Scientific memoirs by medical officers of the Army of India - Part VII,
Year: 1892
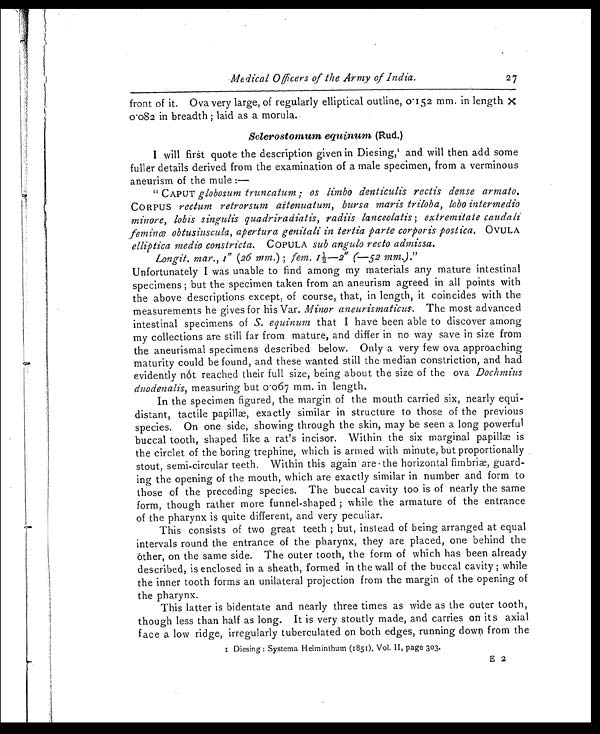
Medical Officers of the Army of India.
27
front of it. Ova very large, of regularly elliptical outline, 0·152 mm. in length X
0.082 in breadth ; laid as a morula.
Sclerostomum equinum (Rud.)
I will first quote the description given in Diesing,1 a n d w i l l t h e n a d d s o m e
fuller details derived from the examination of a male specimen, from a verminous
aneurism of the mule :
—
" CAPUT globosum truncatum ; os limbo denticulis rectis dense armato.
CORPUS rectum retrorsum aitenuatum, bursa maris triloba, lobo intermedio
minore, lobis singulis quadriradiatis, radiis lanceolatis ; extremitate caudali
feminœ obtusiuscula, apertura genitali in tertia parte corporis postica. OVULA
elliptica medio constricta. COPULA sub angulo recto admissa.
Longit. mar., 1 "' ( 2 6 m m . ) ; f e m . 1 ½ — 2 "
" ( — 5 2 m m ) .
"
Unfortunately I was unable to find among my materials any mature intestinal
specimens ; but the specimen taken from an aneurism agreed in all points with
the above descriptions except ; of course, that, in length, it coincides with the
measurements he gives for his Var. Minor aneurismaticus. The most advanced
intestinal specimens of S. equinum that I have been able to discover among
my collections are still far from mature, and differ in no way save in size from
the aneurismal specimens described below. Only a very few ova approaching
maturity could be found, and these wanted still the median constriction, and had
evidently not reached their full size, being about the size of the ova Dochmius
duodenalis, measuring but 0·067 mm. in length.
In the specimen figured, the margin of the mouth carried six, nearly equi-
distant, tactile Papillæ, exactly similar in structure to those of the previous
species. On one side, showing through the skin, may be seen a long powerful
buccal tooth, shaped like a rat's incisor. Within the six marginal papillæ is
the circlet of the boring trephine, which is armed with minute, but proportionally
stout, semi-circular teeth. Within this again are the horizontal fimbriæ, guard-
ing the opening of the mouth, which are exactly similar in number and form to
those of the preceding species. The buccal cavity too is of nearly the same
form, though rather more funnel-shaped ; while the armature of the entrance
of the pharynx is quite different, and very peculiar.
This consists of two great teeth ; but, instead of being arranged at equal
intervals round the entrance of the pharynx, they are placed, one behind the
öther, on the same side. The outer tooth, the form of which has been already
described, is enclosed in a sheath, formed in the wall of the buccal cavity ; while
the inner tooth forms an unilateral projection from the margin of the opening of
the pharynx.
This latter is bidentate and nearly three times as wide as the outer tooth,
though less than half as long. It is very stoutly made, and carries on its axial
face a low ridge, irregularly tuberculated on both edges, running down from the
1 D i e s i n g : S y s t e m a H e l m i n t h u m ( 1 8 5 1 ) , V o l . I I , p a g e 3 0 3 .
E 2